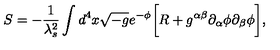
S = - \frac { 1 } { \lambda _ { s } ^ { 2 } } \int d ^ { 4 } x \sqrt { - g } e ^ { - \phi } \biggl [ R + g ^ { \alpha \beta } \partial _ { \alpha } \phi \partial _ { \beta } \phi \biggr ] ,